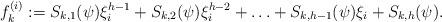
LaTeX: \begin{align*}f_{ k}^{(i)}:=S_{ k,1}(\psi )\xi _i^{h-1}+S_{ k,2}(\psi )\xi _i^{h-2}+\ldots +S_{ k,h-1}(\psi )\xi _i+S_{ k,h}(\psi ).\end{align*}